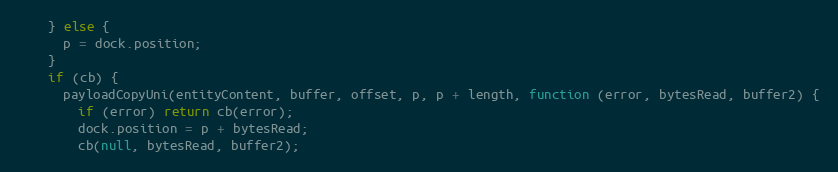
Language: JavaScript
    } else {
      p = dock.position;
    }
    if (cb) {
      payloadCopyUni(entityContent, buffer, offset, p, p + length, function (error, bytesRead, buffer2) {
        if (error) return cb(error);
        dock.position = p + bytesRead;
        cb(null, bytesRead, buffer2);